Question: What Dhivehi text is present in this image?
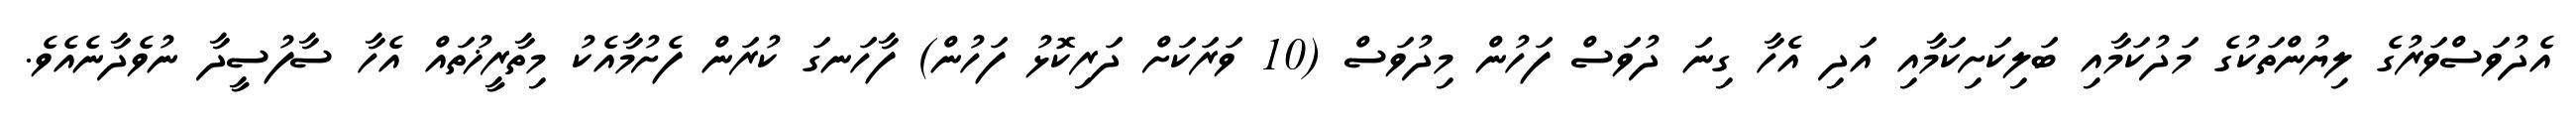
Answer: އެދުވަސްވަރުގެ ލިޔުންތަކުގެ މަދުކަމާއި ބަލިކަށިކަމާއި އަދި އެހާ ގިނަ ދުވަސް ފަހުން މިދުވަސް (10 ވަރަކަށް ދަރިކޮޅު ފަހުން) ފާހަނގަ ކުރަން ފެށުމާއެކު މިތާރީޚުތައް އެހާ ސާފުސީދާ ނުވެދާނެއެވެ.